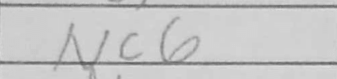
Transcription: Nc6